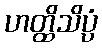
ဟတ္ထိသိပ္ပံ